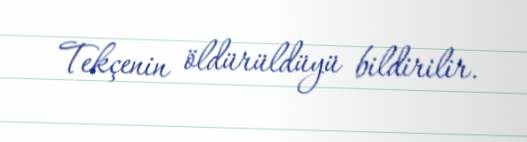
Tekçenin öldürüldüyü bildirilir.